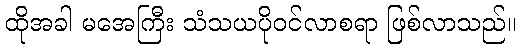
ထိုအခါ မအေကြီး သံသယပိုဝင်လာစရာ ဖြစ်လာသည်။